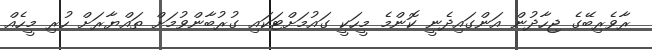
ރާވެރިބޭގެ ޖިހާދުން އަންގައިދެނީ ކޮންމެ މީހަކީ ގައުމަށްޓަކައި ގުރުބާންވުމަށް ތައްޔާރަށް ހުރި މީހެއް